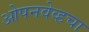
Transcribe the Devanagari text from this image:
ओपनवेव्हचा